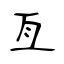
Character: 亙